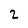
Character: 2